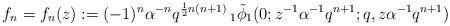
LaTeX: \begin{align*} f_{n}=f_{n}(z):=(-1)^{n}\alpha^{-n}q^{\frac{1}{2}n(n+1)} \,_{1}\tilde{\phi}_{1}(0;z^{-1}\alpha^{-1}q^{n+1};q,z\alpha^{-1}q^{n+1})\end{align*}